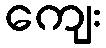
ကျေး